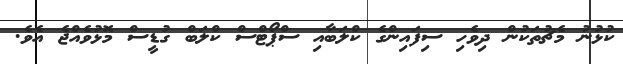
ކުޅުނު މެޗުތަކުން ދިވެހި ސިފައިންގެ ކްލަބާއި ސްޕޯޓްސް ކްލަބް ގުޑީސް މޮޅުވެއްޖެ އެވެ.